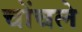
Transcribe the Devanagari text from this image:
चोंचले